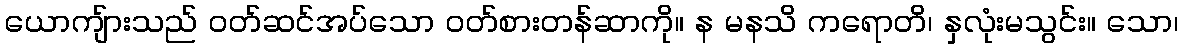
ယောကျ်ားသည် ဝတ်ဆင်အပ်သော ဝတ်စားတန်ဆာကို။ န မနသိ ကရောတိ၊ နှလုံးမသွင်း။ သော၊